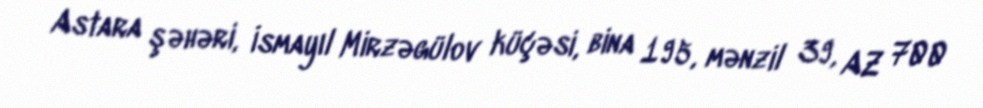
Astara şəhəri, İsmayıl Mirzəgülov küçəsi, bina 195, mənzil 39, AZ 700